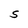
Character: S